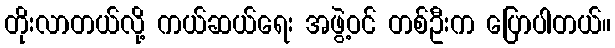
တိုးလာတယ်လို့ ကယ်ဆယ်ရေး အဖွဲ့ဝင် တစ်ဦးက ပြောပါတယ်။